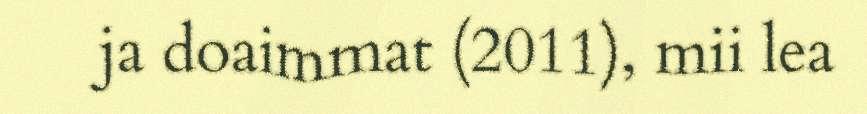
ja doaimmat (2011), mii lea